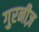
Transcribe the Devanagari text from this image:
गुरनीज़